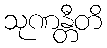
သုဏန္တီတိ